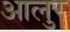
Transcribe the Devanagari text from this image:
आलुर